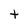
Character: t